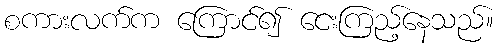
စကားလက်က ကြောင်၍ ငေးကြည့်နေသည်။